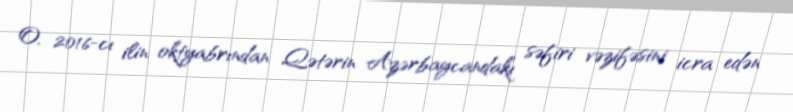
O, 2016-cı ilin oktyabrından Qətərin Azərbaycandakı səfiri vəzifəsini icra edən